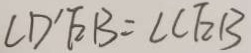
C D ^ { \prime } E B = \angle C F B